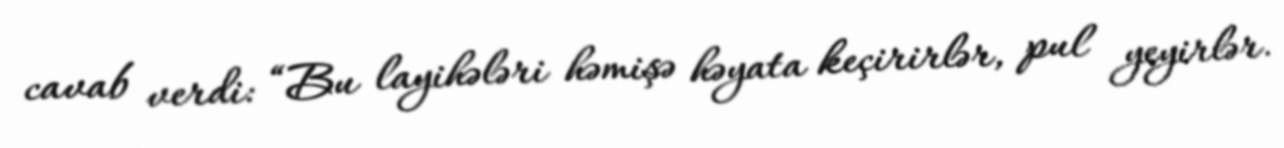
cavab verdi: “Bu layihələri həmişə həyata keçirirlər, pul yeyirlər.